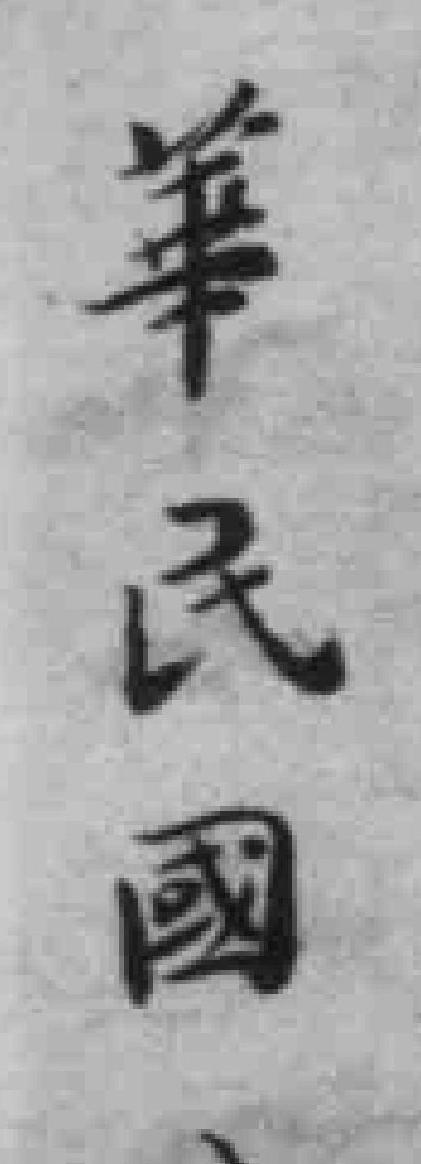
華民國